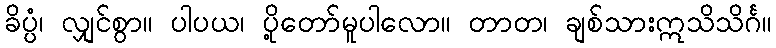
ခိပ္ပံ၊ လျှင်စွာ။ ပါပယ၊ ပို့တော်မူပါလော။ တာတ၊ ချစ်သားဣသိသိင်္ဂ။